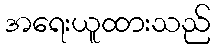
အရေးယူထားသည်